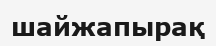
шайжапырақ